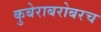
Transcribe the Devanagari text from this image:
कुबेराबरोबरच